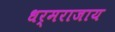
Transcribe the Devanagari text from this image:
धर्मराजाय